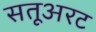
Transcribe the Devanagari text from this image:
सतूअरट